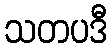
သတပဒီ